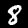
Digit: 8